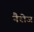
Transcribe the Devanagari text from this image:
नैरोज